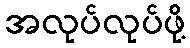
အလုပ်လုပ်ဖို့